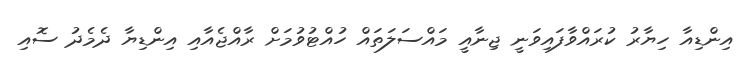
އިންޑިއާ ހިޔާރު ކުރައްވާފައިވަނީ ޖިނާއީ މައްސަލަތައް ހުއްޓުވުމަށް ރާއްޖެއާއި އިންޑިޔާ ދެމެދު ސޮއި